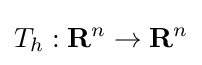
T_{h}:\mathbf {R} ^{n}\to \mathbf {R} ^{n}